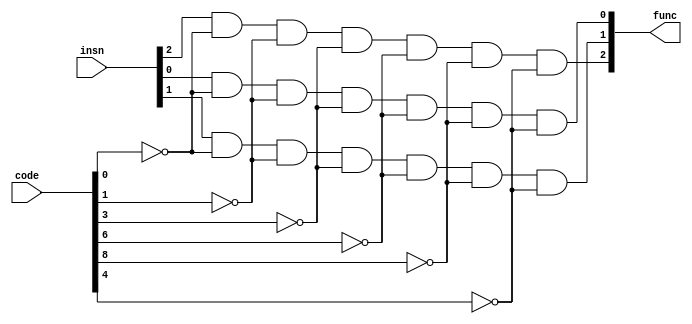
module funcMux (
    code, insn, func
);
    input [2:0] insn; // Instruo
    input [9:0] code; // Cdigo gerado pelo OPDecoder
    output [2:0] func; // Sinal func gerado

    and U0 (func[0], insn[0], ~code[0], ~code[1], ~code[3], ~code[6], ~code[8], ~code[4]);
    and U1 (func[1], insn[1], ~code[0], ~code[1], ~code[3], ~code[6], ~code[8], ~code[4]);
    and U2 (func[2], insn[2], ~code[0], ~code[1], ~code[3], ~code[6], ~code[8], ~code[4]);

endmodule